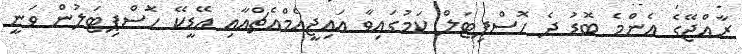
ރާއްޖޭގެ އެންމެ ބޮޑު ދެ ހޮސްޕިޓަލް ކަމުގައިވާ އައިޖީއެމްއެޗްއާއި އޭޑީކޭ ހޮސްޕިޓަލުން ވަނީ